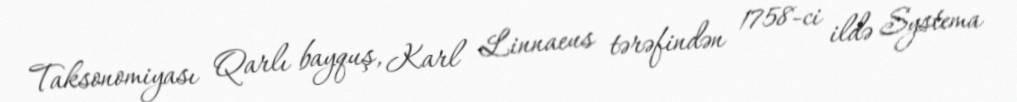
Taksonomiyası Qarlı bayquş, Karl Linnaeus tərəfindən 1758-ci ildə Systema